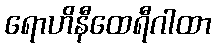
ရောဟိနီထေရီဂါထာ